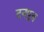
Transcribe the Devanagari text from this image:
दनपुत्र